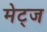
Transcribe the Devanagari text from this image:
मेट्ज